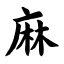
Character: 麻